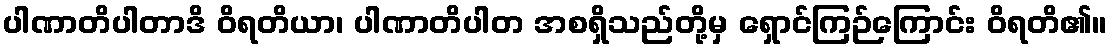
ပါဏာတိပါတာဒိ ဝိရတိယာ၊ ပါဏာတိပါတ အစရှိသည်တို့မှ ရှောင်ကြဉ်ကြောင်း ဝိရတိ၏။